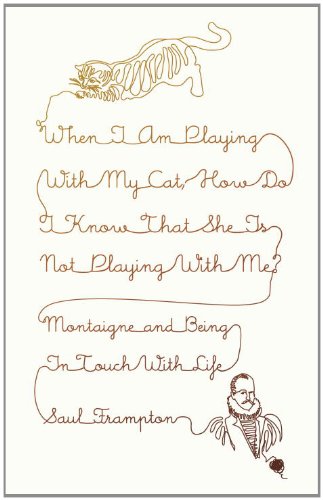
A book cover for When I Am Playing with My Cat, How Do I Know That She Is Not Playing with Me?: Montaigne and Being in Touch with Life; Saul Frampton; Politics & Social Sciences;